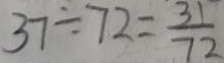
3 7 \div 7 2 = \frac { 3 1 } { 7 2 }